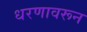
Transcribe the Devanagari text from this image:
धरणावरून